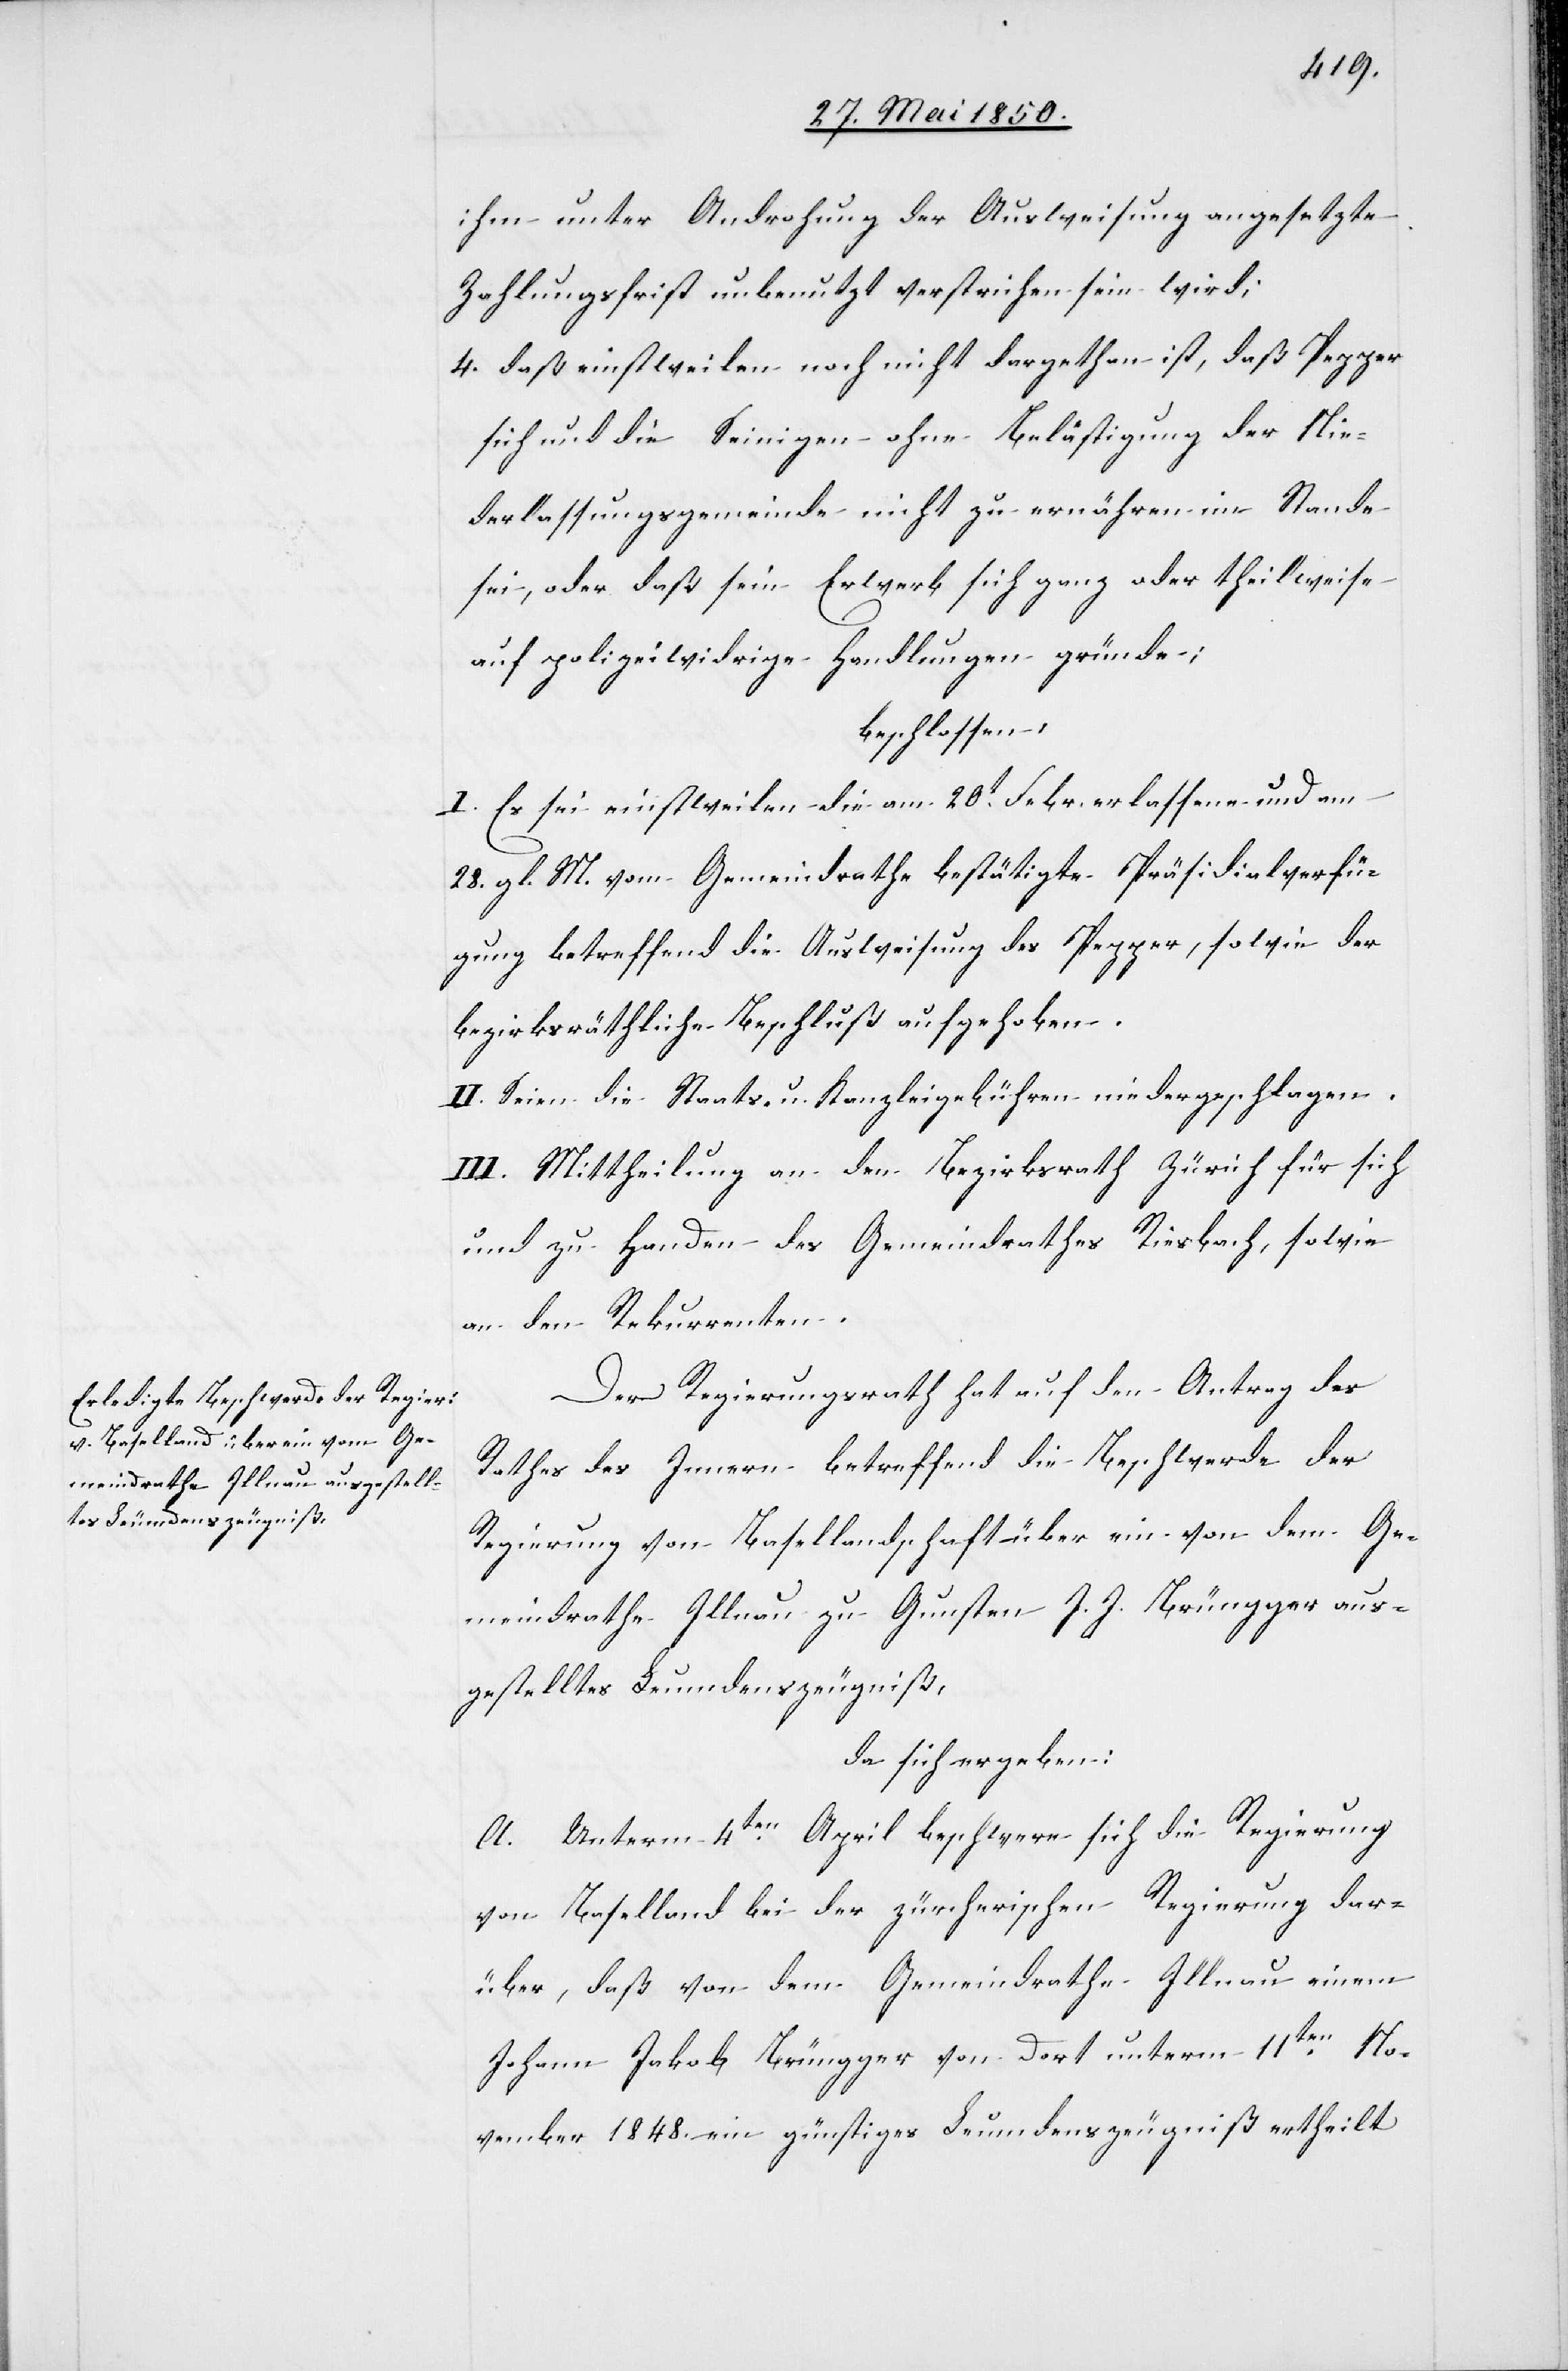
ihm unter Androhung der Ausweisung angesetzte
Zahlungsfrist unbenutzt verstrichen sein wird;
4. daß einstweilen noch nicht dargethan ist, daß Pepper
sich und die Seinigen ohne Belästigung der Nie¬
derlassungsgemeinde nicht zu ernähren im Stande
sei, oder daß sein Erwerb sich ganz oder theilweise
auf polizeiwidrige Handlungen gründe;
beschlossen:
I. Es sei einstweilen die am 20t Febr. erlassene und am
28. gl. M. vom Gemeindrathe bestätigte Präsidialverfü¬
gung betreffend die Ausweisung des Pepper, sowie der
bezirksräthliche Beschluß aufgehoben.
II. Seien die Staats- u. Kanzleigebühren niedergeschlagen.
III. Mittheilung an den Bezirksrath Zürich für sich
und zu Handen des Gemeindrathes Riesbach, sowie
an den Rekurrenten.
Der Regierungsrath hat auf den Antrag des
Rathes des Innern betreffend die Beschwerde der
Regierung von Basellandschaft über ein von dem Ge¬
meindrathe Illnau zu Gunsten J. J. Brüngger aus¬
gestelltes Leumdenszeugniß,
da sich ergeben:
A. Unterm 4ten April beschwere sich die Regierung
von Baselland bei der zürcherischen Regierung dar¬
über, daß von dem Gemeindrathe Illnau einem
Johann Jakob Brüngger von dort unterm 11ten No¬
vember 1848. ein günstiges Leumdenszeugniß ertheilt